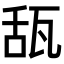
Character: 𤭇